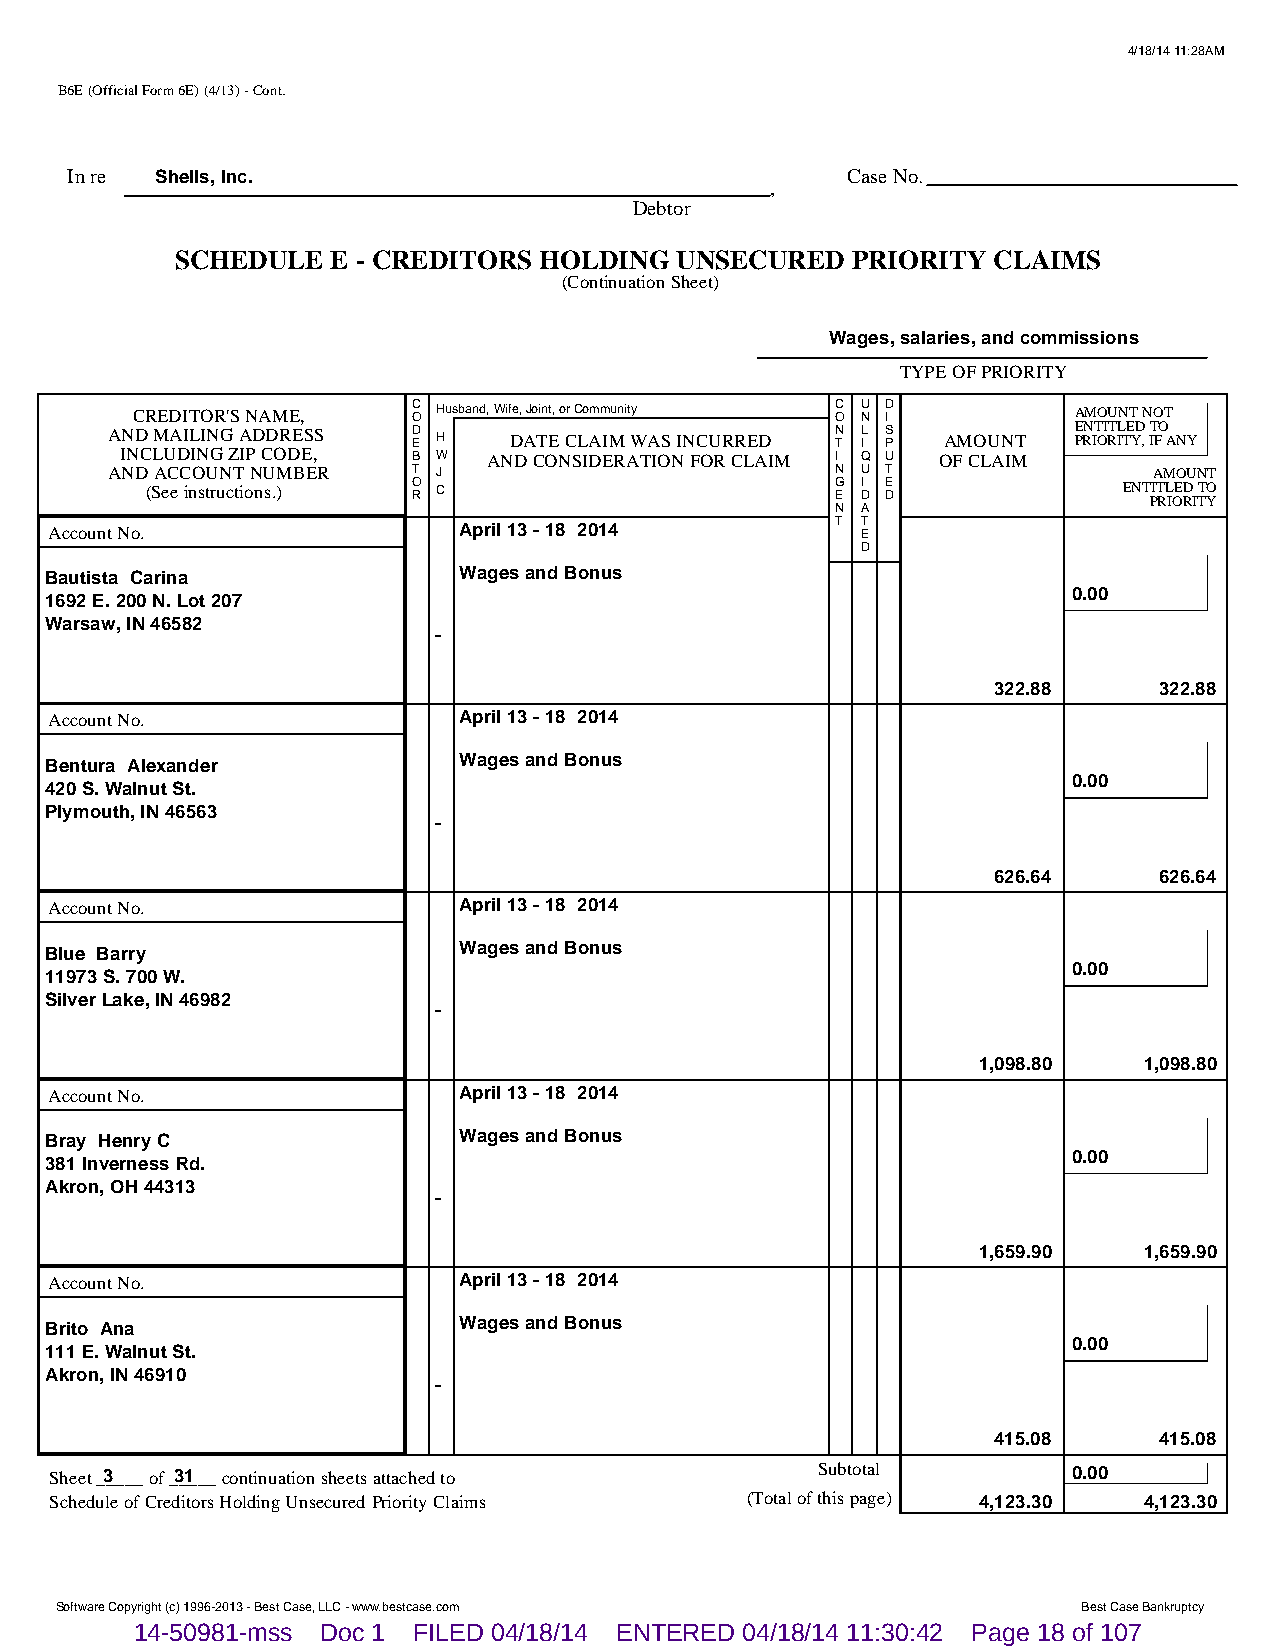
4/18/14 11:28AM
 B6E (Official Form 6E) (4/13) - Cont.
 In re Shells, Inc.                                  Case No.
 ,
 Debtor
 SCHEDULE  E - CREDITORS HOLDING  UNSECURED  PRIORITY  CLAIMS
 (Continuation Sheet)
 Wages, salaries, and commissions
 TYPE OF PRIORITY
 CREDITOR'S NAME,  C O Husband, Wife, Joint, or Community C O U N D I AMOUNT NOT
 AND MAILING ADDRESS D E H  DATE CLAIM WAS INCURRED N T L I S P AMOUNT E PRN IT OI RT IL TE YD , IT FO ANY
 INCLUDING ZIP CODE, B W AND CONSIDERATION FOR CLAIM I Q U OF CLAIM
 AND ACCOUNT NUMBER  T J                         N U T                AMOUNT
 (See instructions.) O R C                    G E I D E D        ENT PIT RL IOE RD I TT YO
 N A
 Account No.                April 13 - 18 2014       T T E
 D
 Bautista Carina            Wages and Bonus
 0.00
 1692 E. 200 N. Lot 207
 Warsaw, IN 46582
 -
 322.88     322.88
 Account No.                April 13 - 18 2014
 Bentura Alexander          Wages and Bonus
 0.00
 420 S. Walnut St.
 Plymouth, IN 46563
 -
 626.64     626.64
 Account No.                April 13 - 18 2014
 Blue Barry                 Wages and Bonus
 0.00
 11973 S. 700 W.
 Silver Lake, IN 46982
 -
 1,098.80   1,098.80
 Account No.                April 13 - 18 2014
 Bray Henry C               Wages and Bonus
 0.00
 381 Inverness Rd.
 Akron, OH 44313
 -
 1,659.90   1,659.90
 Account No.                April 13 - 18 2014
 Brito Ana                  Wages and Bonus
 0.00
 111 E. Walnut St.
 Akron, IN 46910
 -
 415.08     415.08
 Sheet _3____ of _3_1___ continuation sheets attached to Subtotal    0.00
 Schedule of Creditors Holding Unsecured Priority Claims (Total of this page) 4,123.30 4,123.30
 Software Copyright (c) 1996-2013 - Best Case, LLC - www.bestcase.com Best Case Bankruptcy
 14-50981-mss Doc 1 FILED 04/18/14 ENTERED 04/18/14 11:30:42 Page 18 of 107